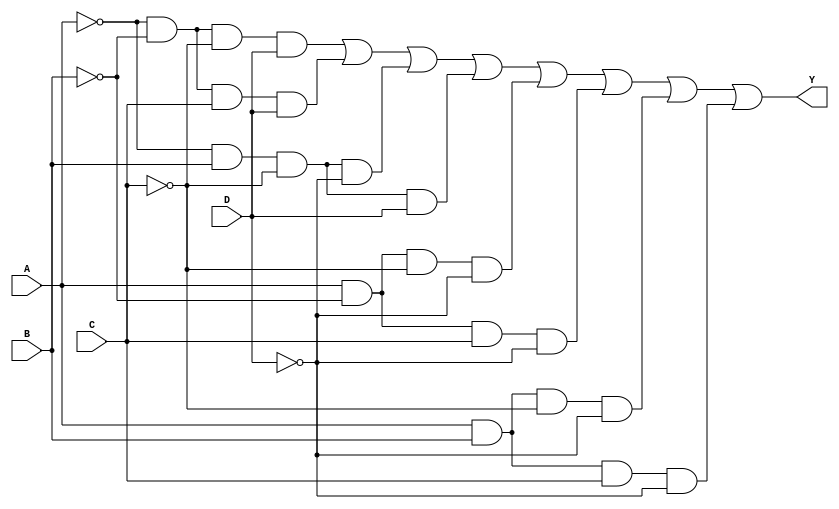
module four_variable_kmap (
    input wire A,  // Input variable A
    input wire B,  // Input variable B
    input wire C,  // Input variable C
    input wire D,  // Input variable D
    output wire Y  // Output Y
);

// Internal signals for the minterms
wire m0 = ~A & ~B & ~C & ~D; // 0000
wire m1 = ~A & ~B & ~C & D;  // 0001
wire m2 = ~A & ~B & C & ~D;  // 0010
wire m3 = ~A & ~B & C & D;   // 0011
wire m4 = ~A & B & ~C & ~D;  // 0100
wire m5 = ~A & B & ~C & D;   // 0101
wire m6 = ~A & B & C & ~D;   // 0110
wire m7 = ~A & B & C & D;    // 0111
wire m8 = A & ~B & ~C & ~D;  // 1000
wire m9 = A & ~B & ~C & D;   // 1001
wire m10 = A & ~B & C & ~D;  // 1010
wire m11 = A & ~B & C & D;   // 1011
wire m12 = A & B & ~C & ~D;  // 1100
wire m13 = A & B & ~C & D;   // 1101
wire m14 = A & B & C & ~D;   // 1110
wire m15 = A & B & C & D;    // 1111

// Define the output Y based on the K-map (example logic)
assign Y = m1 | m3 | m4 | m5 | m8 | m10 | m12 | m14; // Example minterms

endmodule